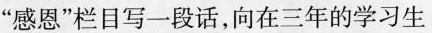
”感恩”栏目写一段话，向在三年的学习